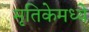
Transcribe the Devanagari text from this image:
मृतिकेमध्ये